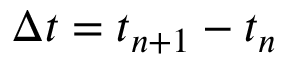
\Delta t = t _ { n + 1 } - t _ { n }